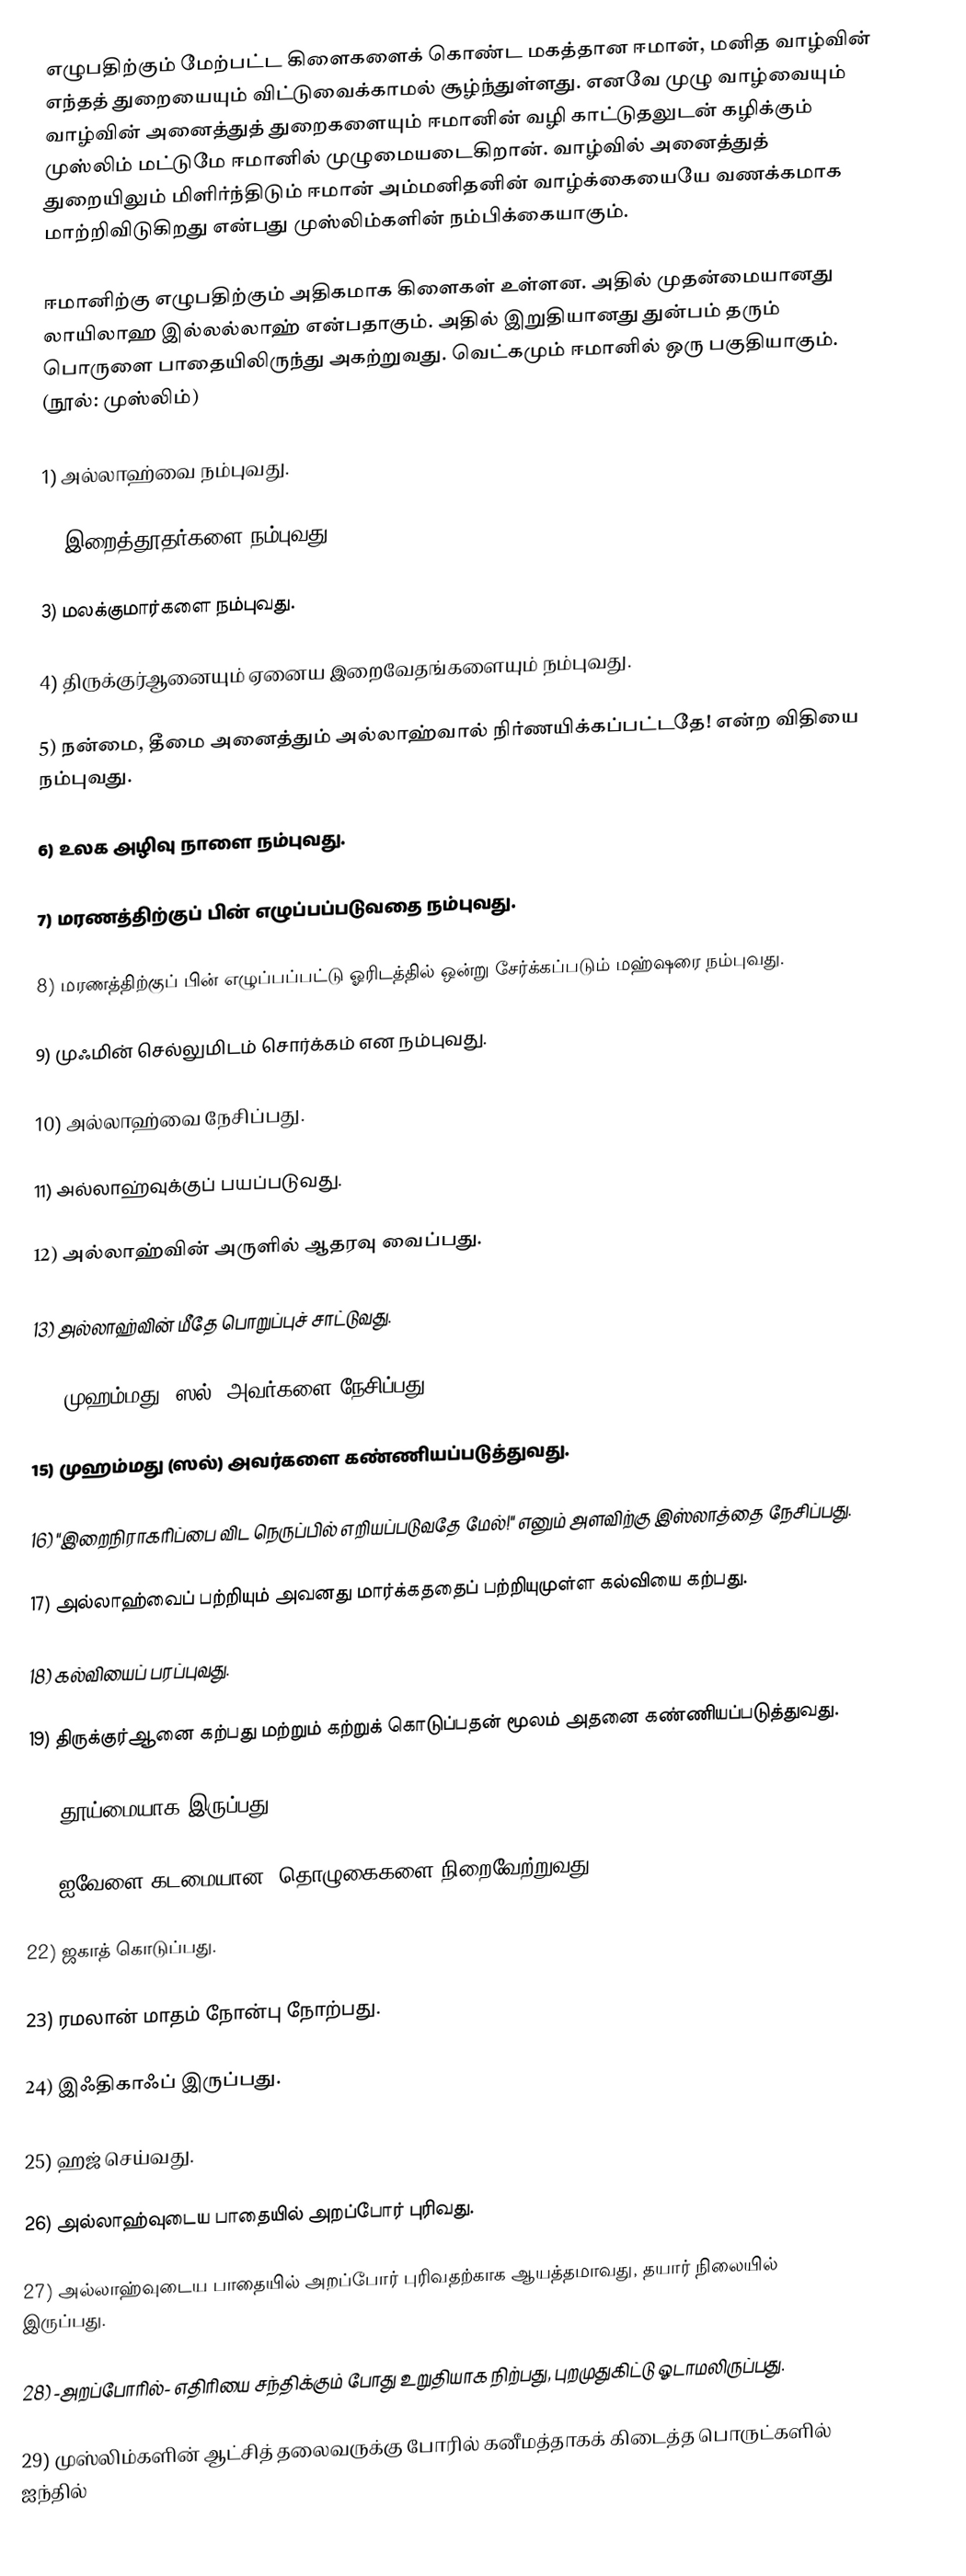
எழுபதிற்கும் மேற்பட்ட கிளைகளைக் கொண்ட மகத்தான ஈமான், மனித வாழ்வின் எந்தத் துறையையும் விட்டுவைக்காமல் சூழ்ந்துள்ளது. எனவே முழு வாழ்வையும் வாழ்வின் அனைத்துத் துறைகளையும் ஈமானின் வழி காட்டுதலுடன் கழிக்கும் முஸ்லிம் மட்டுமே ஈமானில் முழுமையடைகிறான். வாழ்வில் அனைத்துத் துறையிலும் மிளிர்ந்திடும் ஈமான் அம்மனிதனின் வாழ்க்கையையே வணக்கமாக மாற்றிவிடுகிறது என்பது முஸ்லிம்களின் நம்பிக்கையாகும்.

ஈமானிற்கு எழுபதிற்கும் அதிகமாக கிளைகள் உள்ளன. அதில் முதன்மையானது லாயிலாஹ இல்லல்லாஹ் என்பதாகும். அதில் இறுதியானது துன்பம் தரும் பொருளை பாதையிலிருந்து அகற்றுவது. வெட்கமும் ஈமானில் ஒரு பகுதியாகும். (நூல்: முஸ்லிம்)

1) அல்லாஹ்வை நம்புவது.

2) இறைத்தூதர்களை நம்புவது.

3) மலக்குமார்களை நம்புவது.

4) திருக்குர்ஆனையும் ஏனைய இறைவேதங்களையும் நம்புவது.

5) நன்மை, தீமை அனைத்தும் அல்லாஹ்வால் நிர்ணயிக்கப்பட்டதே! என்ற விதியை நம்புவது.

6) உலக அழிவு நாளை நம்புவது.

7) மரணத்திற்குப் பின் எழுப்பப்படுவதை நம்புவது.

8) மரணத்திற்குப் பின் எழுப்பப்பட்டு ஓரிடத்தில் ஒன்று சேர்க்கப்படும் மஹ்ஷரை நம்புவது.

9) முஃமின் செல்லுமிடம் சொர்க்கம் என நம்புவது.

10) அல்லாஹ்வை நேசிப்பது.

11) அல்லாஹ்வுக்குப் பயப்படுவது.

12) அல்லாஹ்வின் அருளில் ஆதரவு வைப்பது.

13) அல்லாஹ்வின் மீதே பொறுப்புச் சாட்டுவது.

14) முஹம்மது (ஸல்) அவர்களை நேசிப்பது.

15) முஹம்மது (ஸல்) அவர்களை கண்ணியப்படுத்துவது.

16) "இறைநிராகரிப்பை விட நெருப்பில் எறியப்படுவதே மேல்!" எனும் அளவிற்கு இஸ்லாத்தை நேசிப்பது.

17) அல்லாஹ்வைப் பற்றியும் அவனது மார்க்கததைப் பற்றியுமுள்ள கல்வியை கற்பது.

18) கல்வியைப் பரப்புவது.

19) திருக்குர்ஆனை கற்பது மற்றும் கற்றுக் கொடுப்பதன் மூலம் அதனை கண்ணியப்படுத்துவது.

20) தூய்மையாக இருப்பது.

21) ஐவேளை-கடமையான -தொழுகைகளை நிறைவேற்றுவது.

22) ஜகாத் கொடுப்பது.

23) ரமலான் மாதம் நோன்பு நோற்பது.

24) இஃதிகாஃப் இருப்பது.

25) ஹஜ் செய்வது.

26) அல்லாஹ்வுடைய பாதையில் அறப்போர் புரிவது.

27) அல்லாஹ்வுடைய பாதையில் அறப்போர் புரிவதற்காக ஆயத்தமாவது, தயார் நிலையில் இருப்பது.

28) -அறப்போரில்- எதிரியை சந்திக்கும் போது உறுதியாக நிற்பது, புறமுதுகிட்டு ஓடாமலிருப்பது.

29) முஸ்லிம்களின் ஆட்சித் தலைவருக்கு போரில் கனீமத்தாகக் கிடைத்த பொருட்களில் ஐந்தில்